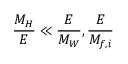
\frac { M _ { H } } { E } \ll \frac { E } { M _ { W } } , \frac { E } { M _ { f , i } }